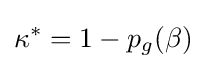
\kappa ^{*}=1-p_{g}(\beta )